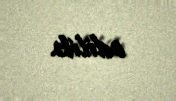
edilib.